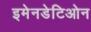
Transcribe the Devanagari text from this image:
इमेनडेटिओन